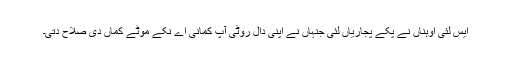
ایس لئی اوہناں نے پکے پجاریاں لئی جنہاں نے اپنی دال روٹی آپ کمانی اے نکے موٹے کماں دی صلاح دتی۔